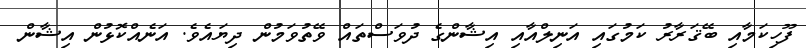
ފޫހިކަމާއި ބޭޤަރާރު ކަމުގައި އަނިލްއާއި އިޝާންގެ ދުވަސްތައް ވޭތުވަމުން ދިޔައެވެ. އަނެއްކޮޅުން އިޝާން